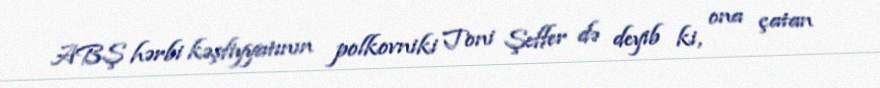
ABŞ hərbi kəşfiyyatının polkovniki Toni Şeffer də deyib ki, ona çatan